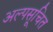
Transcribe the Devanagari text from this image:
अल्पसूचित